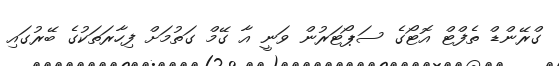
ގްރޭންޑް ތެފްޓް އޮޓޯގެ ސަޕޯޓަރުން ވަނީ އާ ގޭމް ގަތުމަށް ފިހާރަތަކުގެ ބޭރުގައި